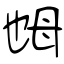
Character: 乸